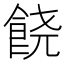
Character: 𲋘